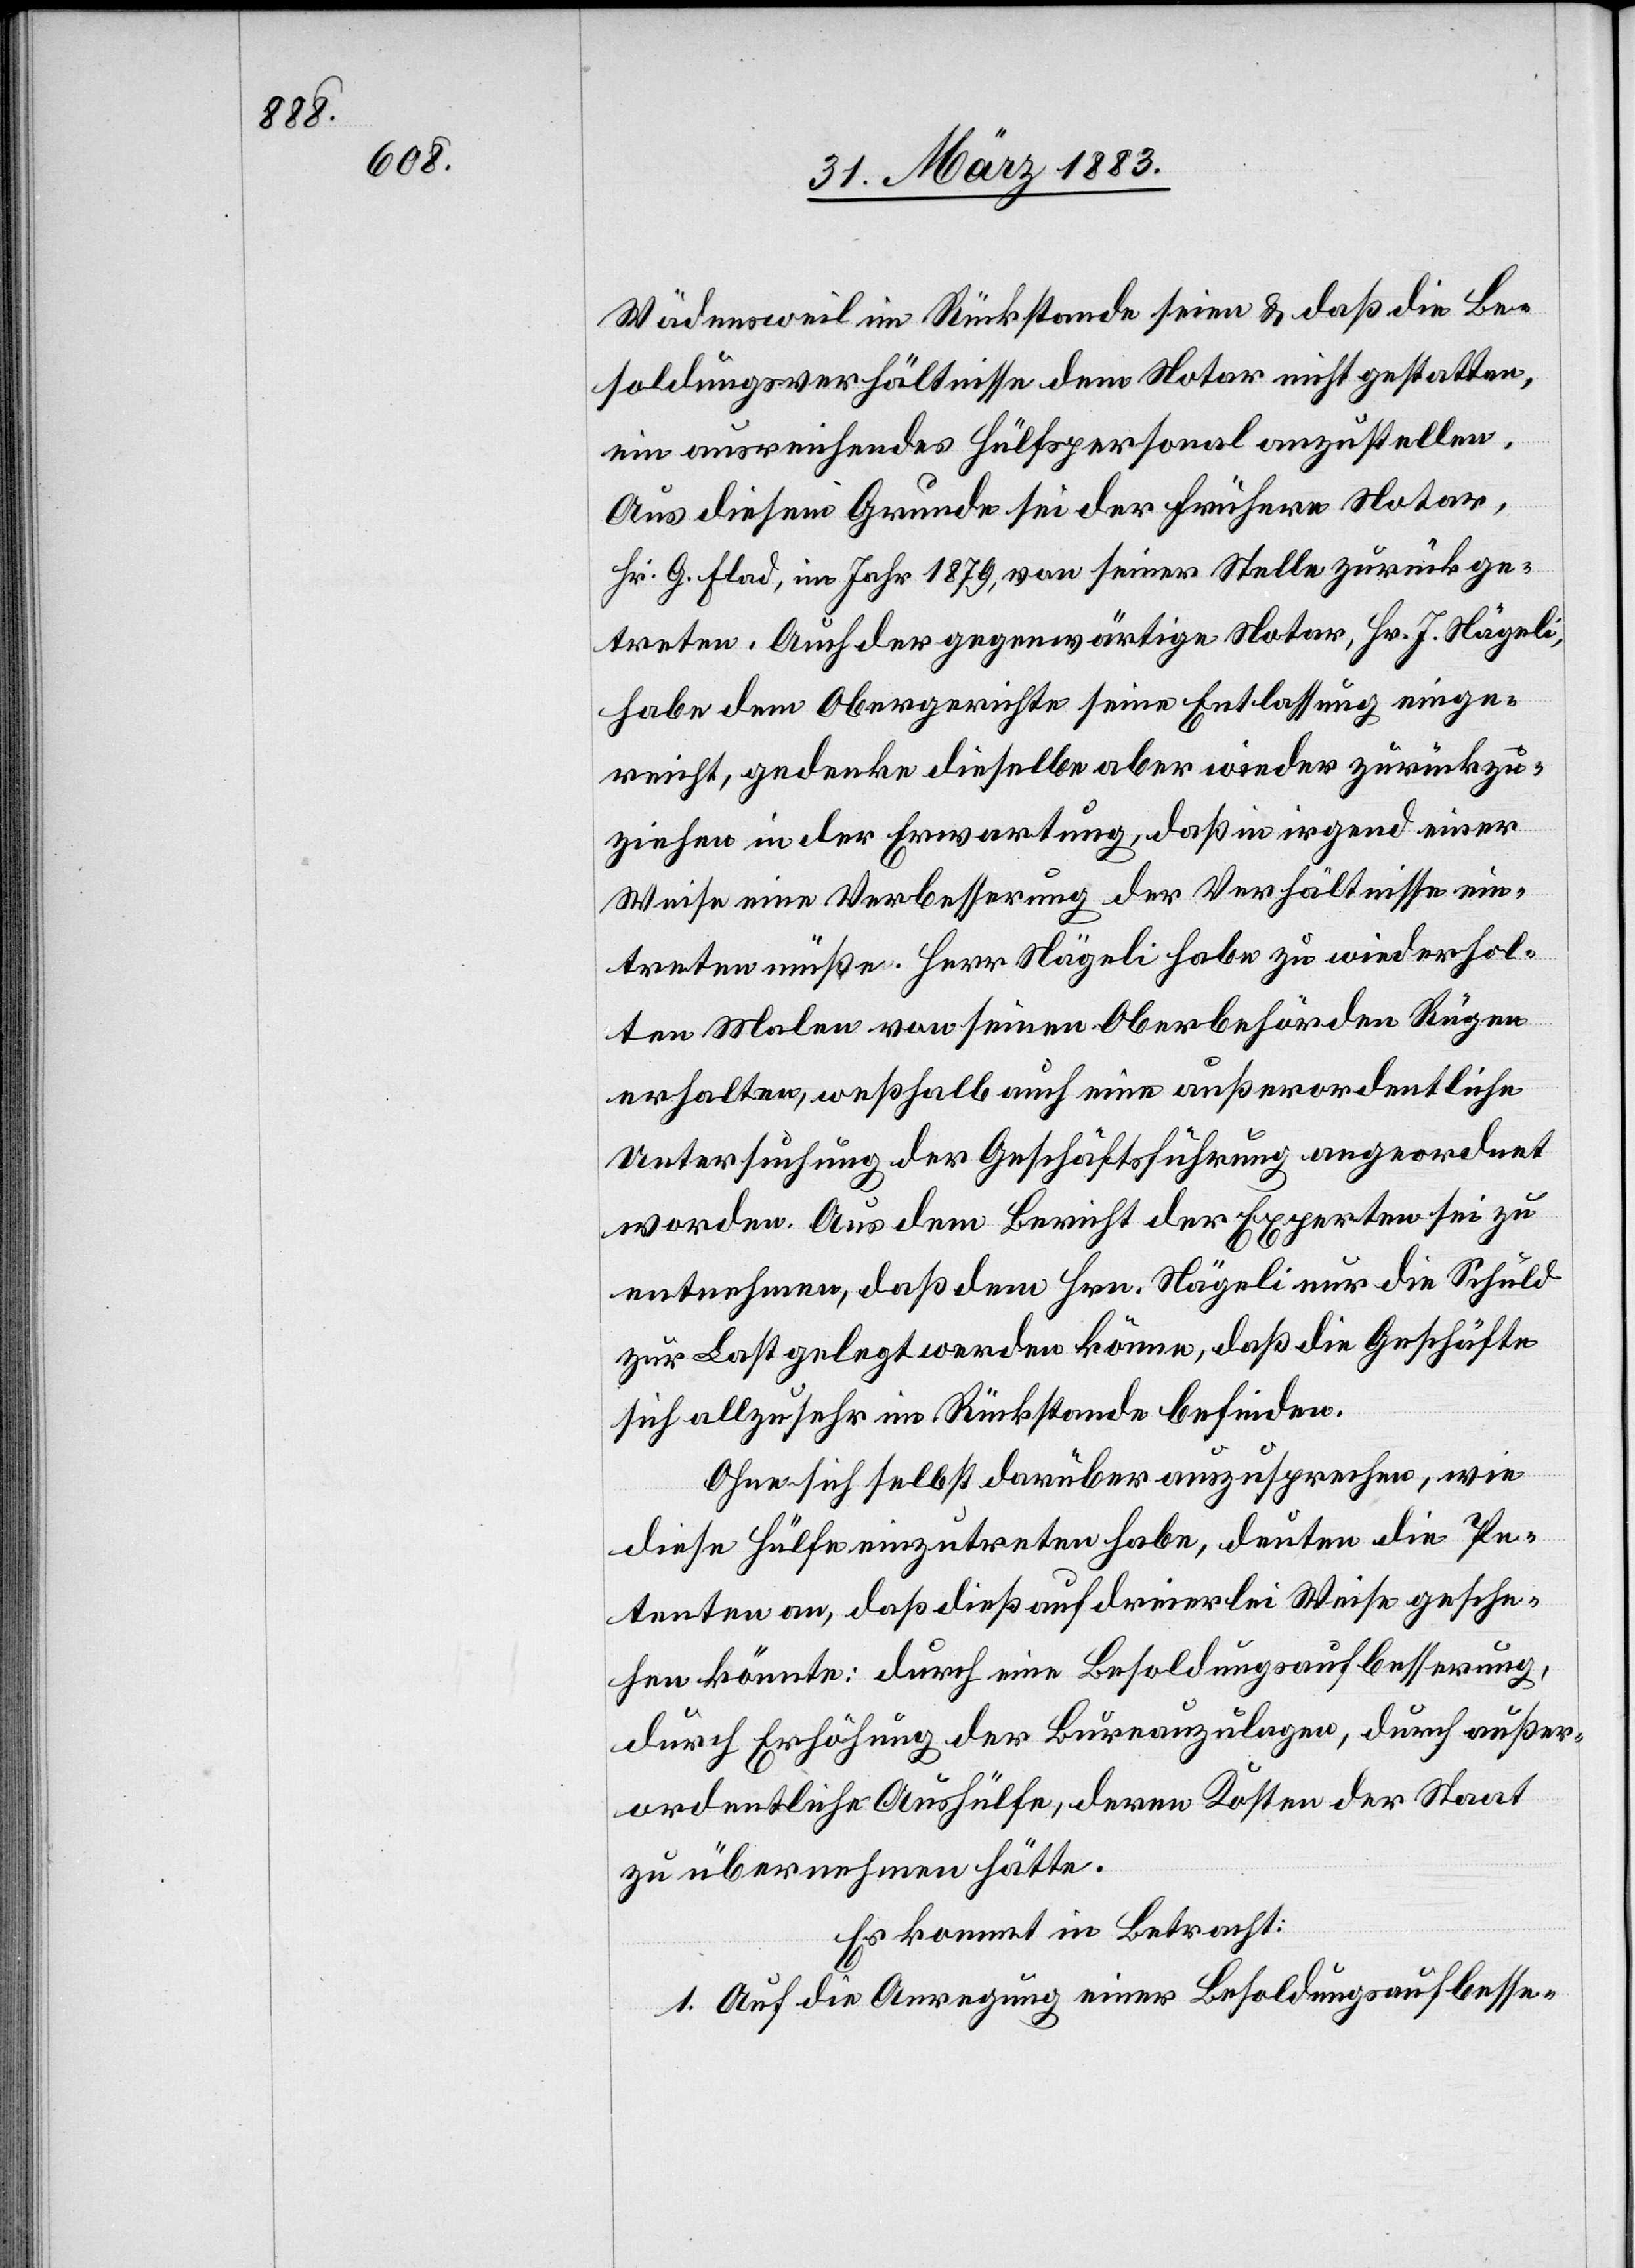
Wädensweil im Rückstande seien & daß die Be¬
soldungsverhältnisse dem Notar nicht gestatten,
ein ausreichendes Hülfspersonal anzustellen.
Aus diesem Grunde sei der frühere Notar,
Hr. G. Flad, im Jahr 1879, von seiner Stelle zurückge¬
treten. Auch der gegenwärtige Notar, Hr. J. Nägeli,
habe dem Obergerichte seine Entlassung einge¬
reicht, gedenke dieselbe aber wieder zurückzu¬
ziehen in der Erwartung, daß in irgend einer
Weise eine Verbesserung der Verhältnisse ein¬
treten müsse. Herr Nägeli habe zu wiederhol¬
ten Malen von seinen Oberbehörden Rügen
erhalten, weßhalb auch eine außerordentliche
Untersuchung der Geschäftsführung angeordnet
worden. Aus dem Bericht der Experten sei zu
entnehmen, daß dem Hrn. Nägeli nur die Schuld
zur Last gelegt werden könne, daß die Geschäfte
sich allzusehr im Rückstande befinden.
Ohne sich selbst darüber auszusprechen, wie
diese Hülfe einzutreten habe, deuten die Pe¬
tenten an, daß dieß auf dreierlei Weise gesche¬
hen könnte: durch eine Besoldungsaufbesserung,
durch Erhöhung der Bureauzulagen, durch außer¬
ordentliche Aushülfe, deren Kosten der Staat
zu übernehmen hätte.
Es kommt in Betracht:
1. Auf die Anregung einer Besoldungsaufbesse-